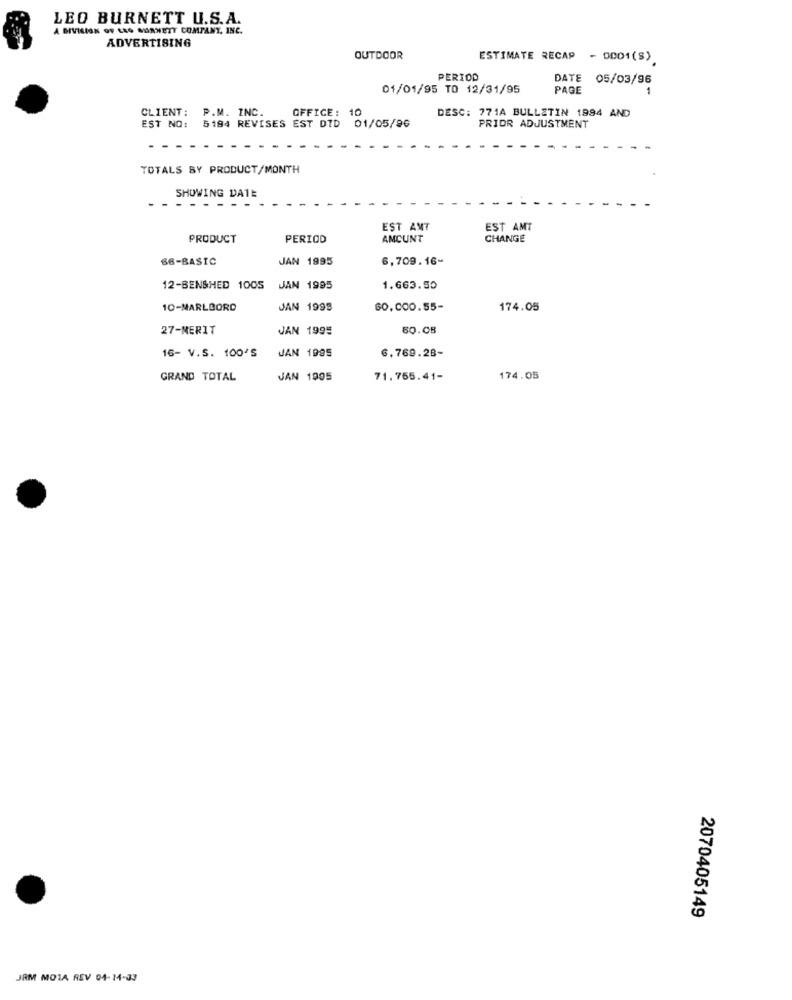
LEO BURNETT U.S.A.
A DIVISION OF LAG SURNETT COMPANY, INC.
ADVERTISING
OUTDOOR
ESTIMATE RECAP - 0001(S)
PERIOD
DATE 05/03/96
01/01/95 TO 12/31/95
PAGE
CLIENT: P.M. INC.
OFFICE: 10
DESC: 771A BULLETIN 1994 AND
EST NO: 5184 REVISES EST DID 01/05/96
PRIOR ADJUSTMENT
TOTALS BY PRODUCT/MONTH
SHOWING DATE
- - -- ---
EST AMT
EST AMT
PRODUCT
PERIOD
AMCUNT
CHANGE
66-BASIC
JAN 1995
6,709.16-
12-BENSHED 1005
JAN 1995
1.663.50
10-MARLBORO
JAN 1999
60,000.55-
174.05
27-MERIT
JAN 1995
80.08
16- V.S. 100'S
JAN 1995
6,769.28-
GRAND TOTAL
JAN 1995
71,755.41-
174.05
2070405149
JRM MOTA REV 04-14-33